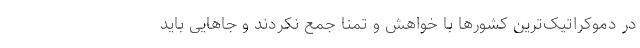
در دموکراتیک‌ترین کشورها با خواهش و تمنا جمع نکردند و جاهایی باید